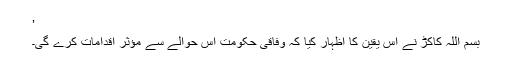
’
بسم اللہ کاکڑ نے اِس یقین کا اظہار کیا کہ وفاقی حکومت اِس حوالے سے مؤثر اقدامات کرے گی۔